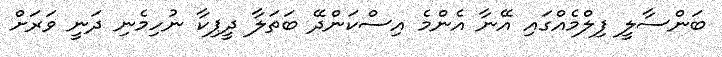
ބަންސާލީ ފިލްމެއްގައި އޭނާ އެންމެ އިސްކަންދޭ ބަތަލާ ދީޕިކާ ނުހިމެނި ދަނީ ވަރަށް